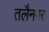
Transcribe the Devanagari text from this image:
तलैनगर